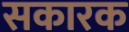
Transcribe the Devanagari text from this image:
सकारक